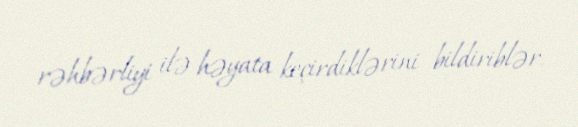
rəhbərliyi ilə həyata keçirdiklərini bildiriblər.